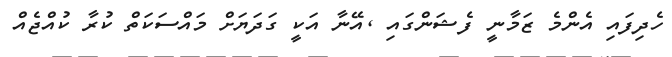
ހެދިފައި އެންމެ ޒަމާނީ ފެޝަންގައި